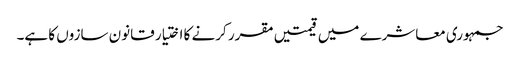
جمہوری معاشرے میں قیمتیں مقرر کرنے کا اختیار قانون سازوں کا ہے۔